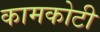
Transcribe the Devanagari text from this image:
कामकोटी